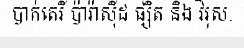
បាក់តេរី ប៉ារ៉ាស៊ីដ ផ្សិត និង វីរុស.